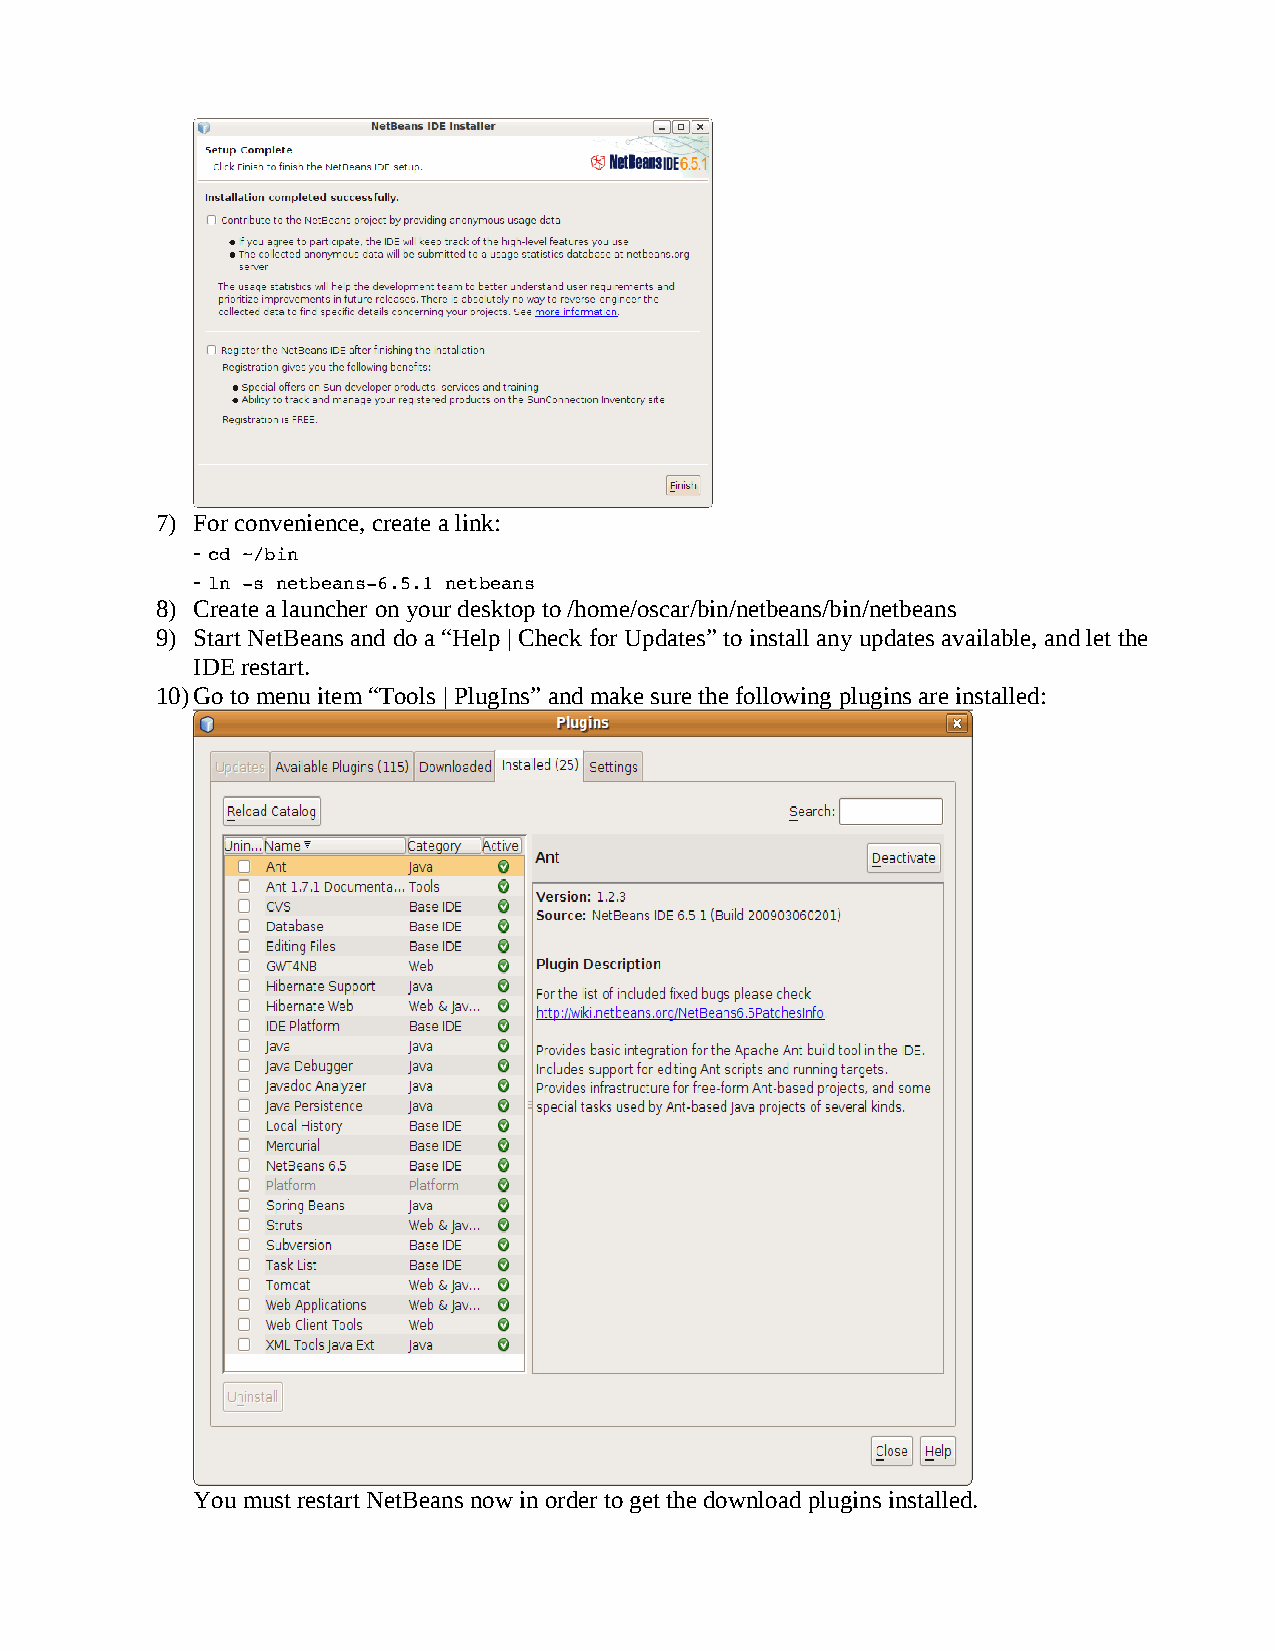
7) For convenience, create a link:
 -
 cd ~/bin
 -
 ln ­s netbeans­6.5.1 netbeans
 8) Create a launcher on your desktop to /home/oscar/bin/netbeans/bin/netbeans
 9) Start NetBeans and do a “Help | Check for Updates” to install any updates available, and let the
 IDE restart.
 10)Go to menu item “Tools | PlugIns” and make sure the following plugins are installed:
 You must restart NetBeans now in order to get the download plugins installed.